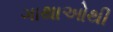
ગાથાઓથી